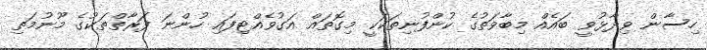
ހިސާން ވިދާޅުވީ ބައެއް މިބާވަތުގެ ކުންފުނިތަކަކީ މިގޮތައް އަގުވެއްޓިފައި ހުންނަ ފަރާތްތަކުގެ މޫނުމަތި